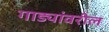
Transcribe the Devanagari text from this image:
गाड्यांवरील